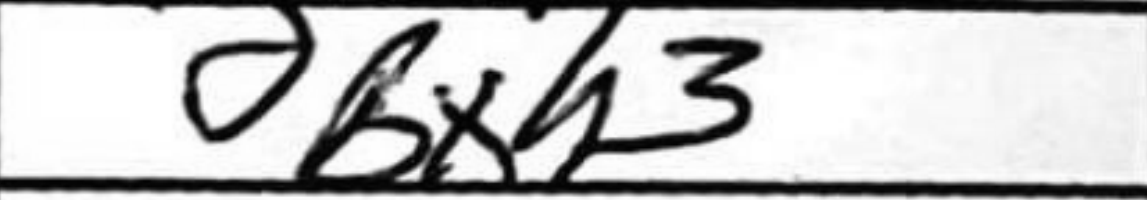
Transcription: Bxh3